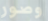
وصور